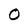
Character: 0